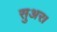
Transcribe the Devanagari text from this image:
सुअर।